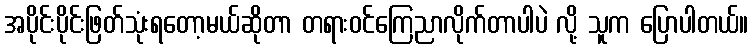
အပိုင်းပိုင်းဖြတ်သုံးရတော့မယ်ဆိုတာ တရားဝင်ကြေညာလိုက်တာပါပဲ လို့ သူက ပြောပါတယ်။